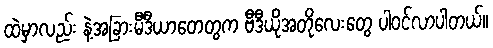
ထဲမှာလည်း နဲ့အခြားမီဒီယာတေတွက ဗီဒီယိုအတိုလေးတွေ ပါဝင်လာပါတယ်။